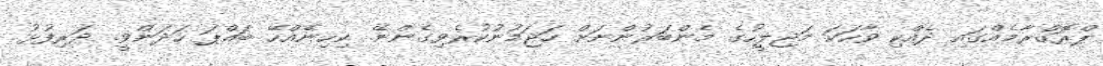
ޕްރޮގްރާމެއްގައި ދެއްކި ވާހަކަ މަޖިލީހުގެ މެންބަރުންނަށް ހަޖަމުނުކުރެވިގެންނޭ. ކިހިނެއްހޭ ބައްޕަ ހަދަންވީ. ދަރިފުޅު